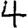
Digit: 4